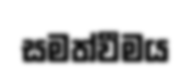
සමත්වීමය